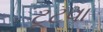
ટૂટવા